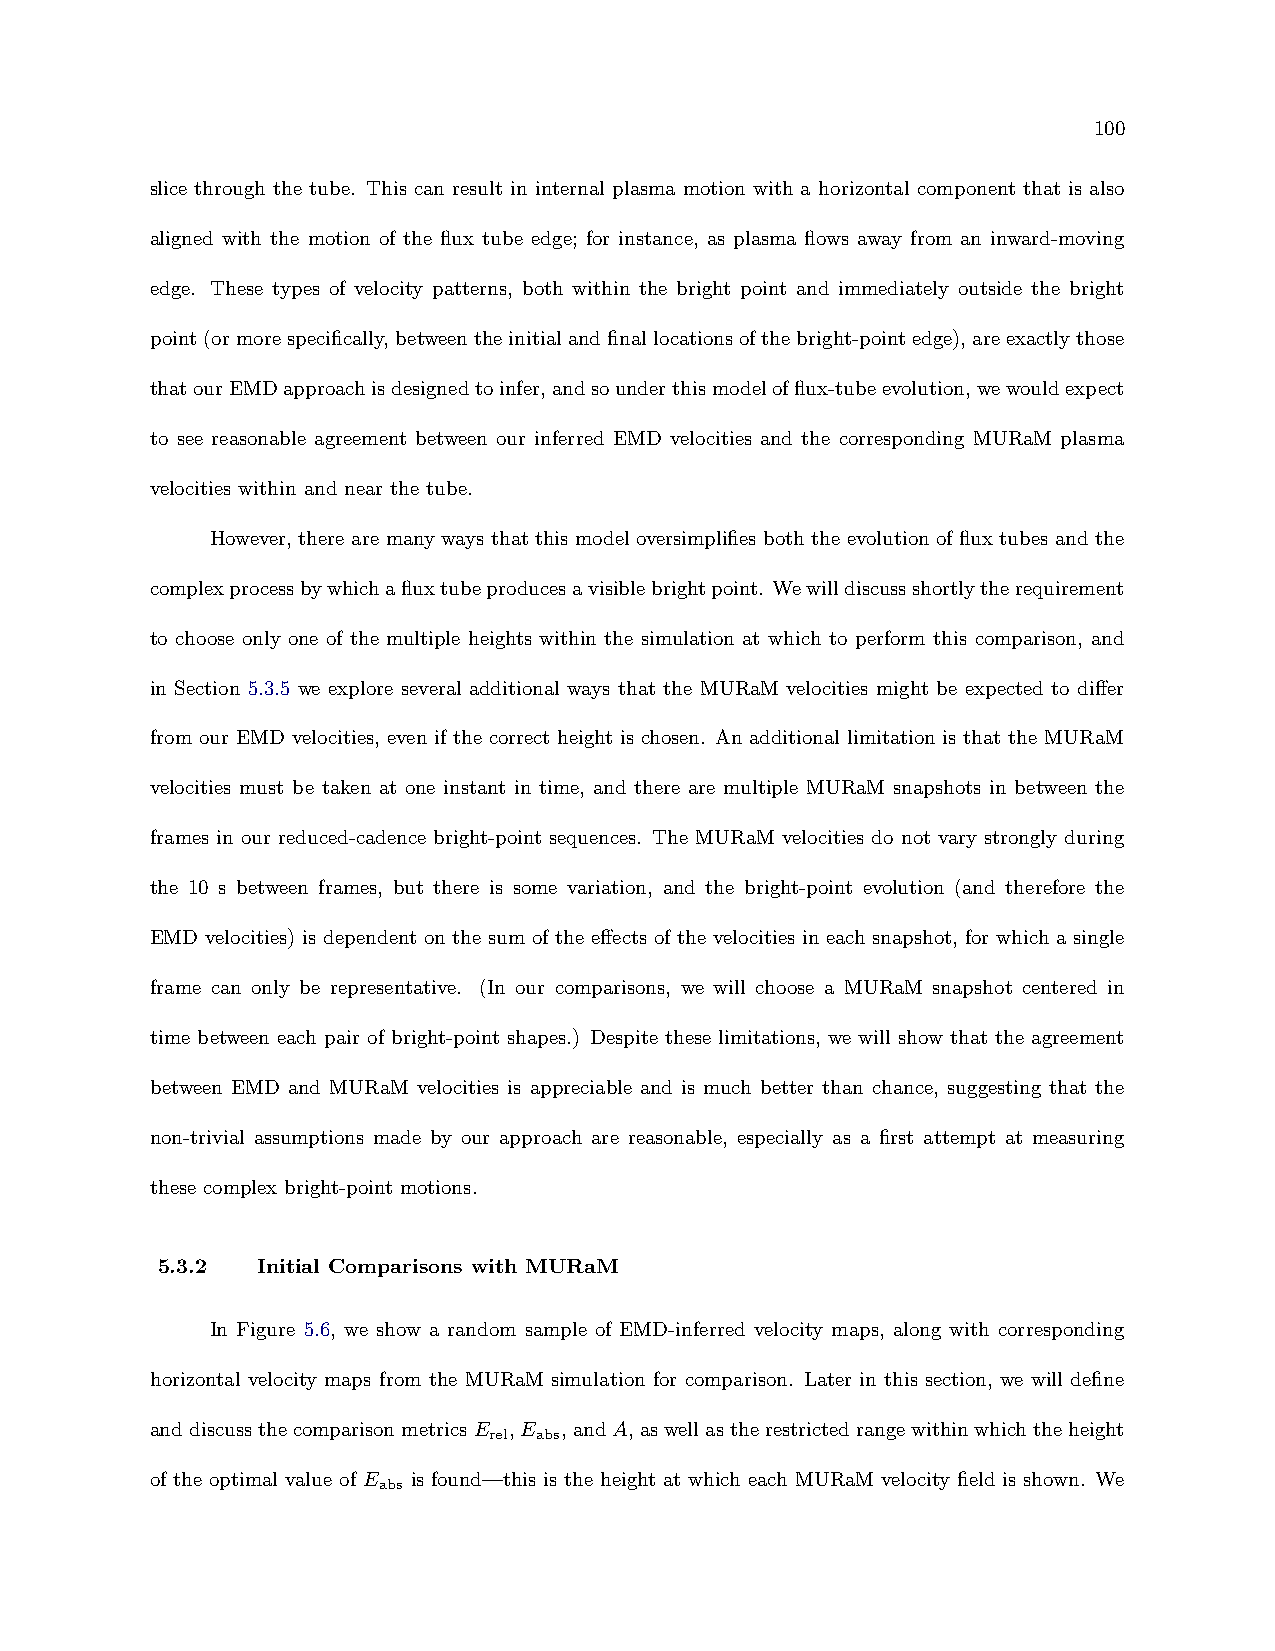
100
 slice through the tube. This can result in internal plasma motion with a horizontal component that is also
 aligned with the motion of the flux tube edge; for instance, as plasma flows away from an inward-moving
 edge. These types of velocity patterns, both within the bright point and immediately outside the bright
 point(ormorespecifically,betweentheinitialandfinallocationsofthebright-pointedge),areexactlythose
 thatourEMDapproachisdesignedtoinfer,andsounderthismodelofflux-tubeevolution,wewouldexpect
 to see reasonable agreement between our inferred EMD velocities and the corresponding MURaM plasma
 velocities within and near the tube.
 However, there are many ways that this model oversimplifies both the evolution of flux tubes and the
 complexprocessbywhichafluxtubeproducesavisiblebrightpoint. Wewilldiscussshortlytherequirement
 to choose only one of the multiple heights within the simulation at which to perform this comparison, and
 in Section 5.3.5 we explore several additional ways that the MURaM velocities might be expected to differ
 from our EMD velocities, even if the correct height is chosen. An additional limitation is that the MURaM
 velocities must be taken at one instant in time, and there are multiple MURaM snapshots in between the
 frames in our reduced-cadence bright-point sequences. The MURaM velocities do not vary strongly during
 the 10 s between frames, but there is some variation, and the bright-point evolution (and therefore the
 EMD velocities) is dependent on the sum of the effects of the velocities in each snapshot, for which a single
 frame can only be representative. (In our comparisons, we will choose a MURaM snapshot centered in
 time between each pair of bright-point shapes.) Despite these limitations, we will show that the agreement
 between EMD and MURaM velocities is appreciable and is much better than chance, suggesting that the
 non-trivial assumptions made by our approach are reasonable, especially as a first attempt at measuring
 these complex bright-point motions.
 5.3.2  Initial Comparisons with MURaM
 In Figure 5.6, we show a random sample of EMD-inferred velocity maps, along with corresponding
 horizontal velocity maps from the MURaM simulation for comparison. Later in this section, we will define
 anddiscussthecomparisonmetricsE ,E ,andA,aswellastherestrictedrangewithinwhichtheheight
 rel abs
 of the optimal value of E is found—this is the height at which each MURaM velocity field is shown. We
 abs